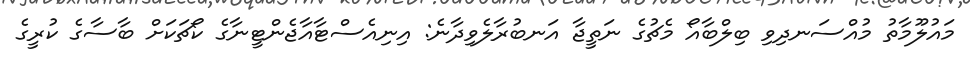
މައުލޫމާތު މުއްސަނދިވި ބިލްބާއޯ މެޗުގެ ނަތީޖާ އަނބުރާލެވިދާނެ: އިނިއެސްޓާއާޖެންޓީނާގެ ކޯޗަކަށް ބާސާގެ ކުރީގެ